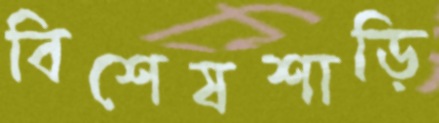
বিশেষশাড়ি